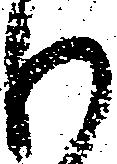
も